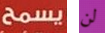
يسمح لن